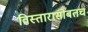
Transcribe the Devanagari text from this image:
विस्तारासोबतच